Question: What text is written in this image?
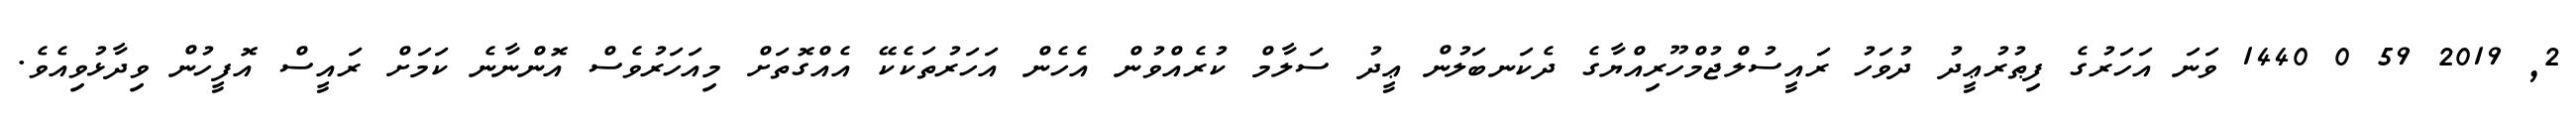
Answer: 2, 2019 59 0 1440 ވަނަ އަހަރުގެ ފިޠުރުޢީދު ދުވަހު ރައީސުލްޖުމްހޫރިއްޔާގެ ދެކަނބަލުން ޢީދު ސަލާމް ކުރެއްވުން އެހެން އަހަރުތަކެކޭ އެއްގޮތަށް މިއަހަރުވެސް އޮންނާނެ ކަމަށް ރައީސް އޮފީހުން ވިދާޅުވިއެވެ.